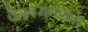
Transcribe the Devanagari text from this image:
पैगंबरामार्फत